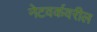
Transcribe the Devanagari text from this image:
नेटवर्कवरील